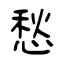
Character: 愁